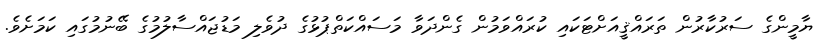
ޔާމީންގެ ސަރުކާރުން ތަރައްޤީއަށްޓަކައި ކުރައްވަމުން ގެންދަވާ މަސައްކަތްޕުޅުގެ ދުވެލި މަޑުޖައްސާލުމުގެ ބޭނުމުގައި ކަމަށެވެ.